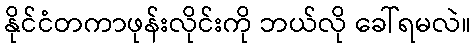
နိုင်ငံတကာဖုန်းလိုင်းကို ဘယ်လို ခေါ်ရမလဲ။